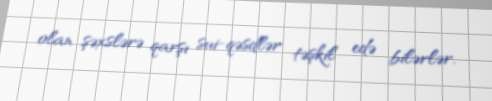
olan şəxslərə qarşı sui-qəsdlər təşkil edə bilərlər.